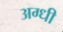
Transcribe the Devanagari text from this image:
अग्धी